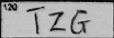
Transcription: TZG